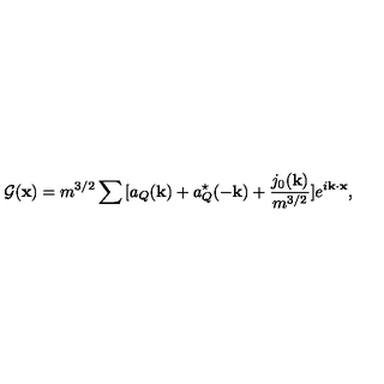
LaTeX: { \cal G } ( { \bf x } ) = m ^ { 3 / 2 } \sum { } [ a _ { Q } ( { \bf k } ) + a _ { Q } ^ { \star } ( - { \bf k } ) + \frac { j _ { 0 } ( { \bf k } ) } { m ^ { 3 / 2 } } ] e ^ { i { \bf k \cdot x } } ,